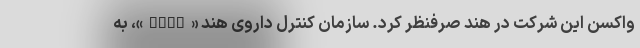
واکسن این شرکت در هند صرفنظر کرد. سازمان کنترل داروی هند «DCGI»، به